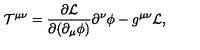
{ \cal T } ^ { \mu \nu } = \frac { \partial { \cal L } } { \partial ( \partial _ { \mu } \phi ) } \partial ^ { \nu } \phi - g ^ { \mu \nu } { \cal L } ,